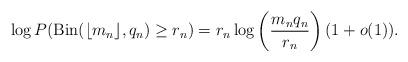
LaTeX: \begin{align*}\log P(\mathrm{Bin}(\lfloor m_n\rfloor,q_n)\geq r_n)=r_n\log\left(\frac{m_n q_n}{r_n}\right)(1+o(1)).\end{align*}